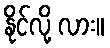
နိုင်လို့ လား။